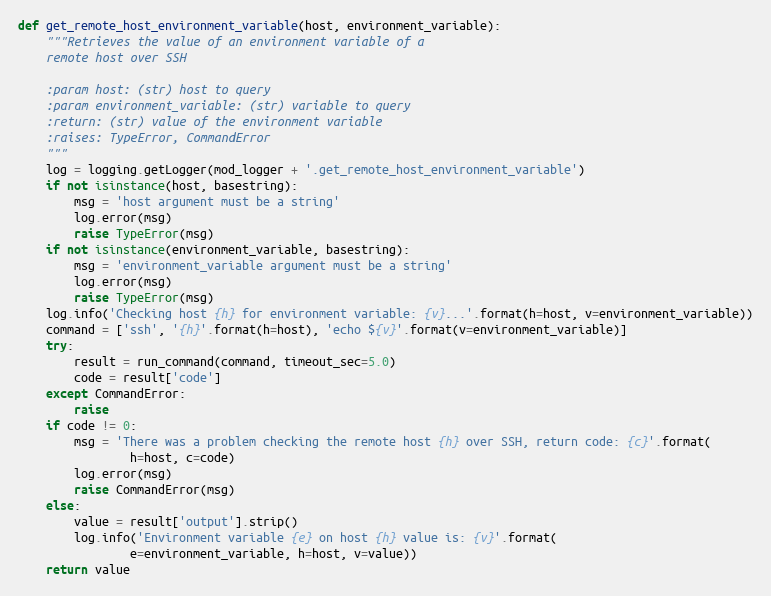
Language: Python
def get_remote_host_environment_variable(host, environment_variable):
    """Retrieves the value of an environment variable of a
    remote host over SSH

    :param host: (str) host to query
    :param environment_variable: (str) variable to query
    :return: (str) value of the environment variable
    :raises: TypeError, CommandError
    """
    log = logging.getLogger(mod_logger + '.get_remote_host_environment_variable')
    if not isinstance(host, basestring):
        msg = 'host argument must be a string'
        log.error(msg)
        raise TypeError(msg)
    if not isinstance(environment_variable, basestring):
        msg = 'environment_variable argument must be a string'
        log.error(msg)
        raise TypeError(msg)
    log.info('Checking host {h} for environment variable: {v}...'.format(h=host, v=environment_variable))
    command = ['ssh', '{h}'.format(h=host), 'echo ${v}'.format(v=environment_variable)]
    try:
        result = run_command(command, timeout_sec=5.0)
        code = result['code']
    except CommandError:
        raise
    if code != 0:
        msg = 'There was a problem checking the remote host {h} over SSH, return code: {c}'.format(
                h=host, c=code)
        log.error(msg)
        raise CommandError(msg)
    else:
        value = result['output'].strip()
        log.info('Environment variable {e} on host {h} value is: {v}'.format(
                e=environment_variable, h=host, v=value))
    return value